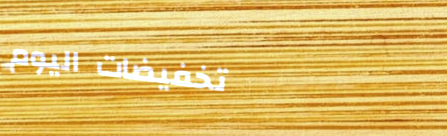
تخفيضات اليوم